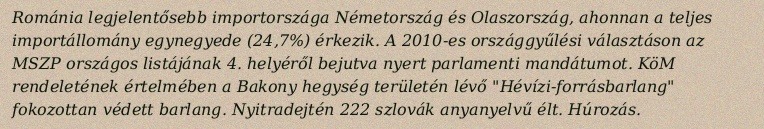
Románia legjelentősebb importországa Németország és Olaszország, ahonnan a teljes importállomány egynegyede (24,7%) érkezik. A 2010-es országgyűlési választáson az MSZP országos listájának 4. helyéről bejutva nyert parlamenti mandátumot. KöM rendeletének értelmében a Bakony hegység területén lévő "Hévízi-forrásbarlang" fokozottan védett barlang. Nyitradejtén 222 szlovák anyanyelvű élt. Húrozás.